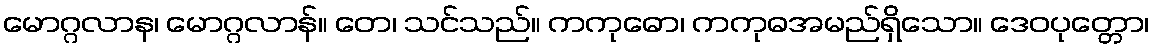
မောဂ္ဂလာန၊ မောဂ္ဂလာန်။ တေ၊ သင်သည်။ ကကုဓော၊ ကကုဓအမည်ရှိသော။ ဒေဝပုတ္တော၊